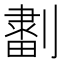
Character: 𠟷